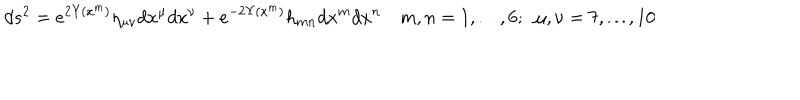
d s ^ { 2 } = e ^ { 2 \Upsilon ( x ^ { m } ) } \eta _ { \mu \nu } d x ^ { \mu } d x ^ { \nu } + e ^ { - 2 \Upsilon ( x ^ { m } ) } h _ { m n } d x ^ { m } d x ^ { n } \quad m , n = 1 , { \ldots } , 6 ; \ \ \mu , \nu = 7 , { \ldots } , 1 0